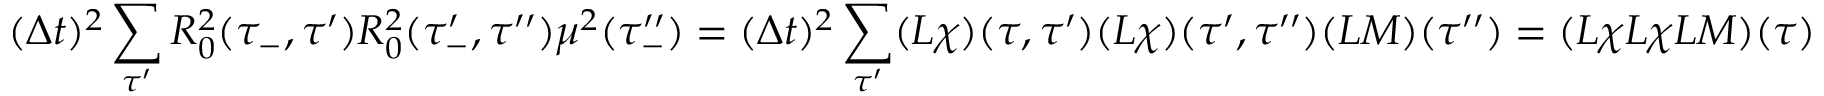
( \Delta t ) ^ { 2 } \sum _ { \tau ^ { \prime } } R _ { 0 } ^ { 2 } ( \tau _ { - } , \tau ^ { \prime } ) R _ { 0 } ^ { 2 } ( \tau _ { - } ^ { \prime } , \tau ^ { \prime \prime } ) \mu ^ { 2 } ( \tau _ { - } ^ { \prime \prime } ) = ( \Delta t ) ^ { 2 } \sum _ { \tau ^ { \prime } } ( L \chi ) ( \tau , \tau ^ { \prime } ) ( L \chi ) ( \tau ^ { \prime } , \tau ^ { \prime \prime } ) ( L M ) ( \tau ^ { \prime \prime } ) = ( L \chi L \chi L M ) ( \tau )